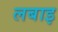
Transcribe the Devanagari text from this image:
लबाइ